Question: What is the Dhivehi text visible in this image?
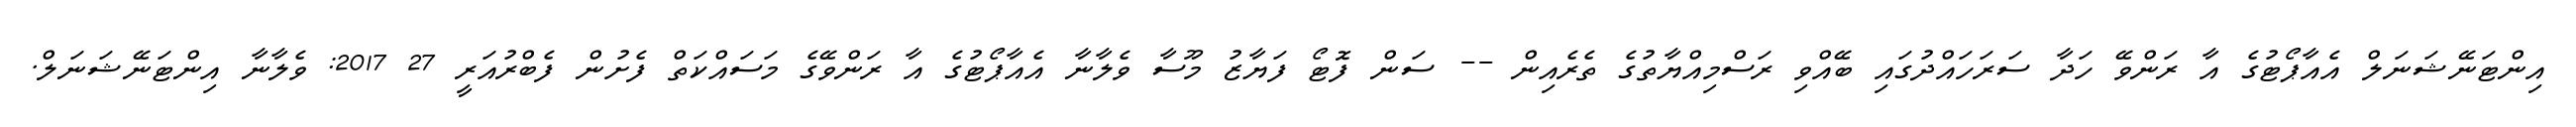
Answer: އިންޓަނޭޝަނަލް އެއާޕޯޓުގެ އާ ރަންވޭ ހަދާ ސަރަހައްދުގައި ބޭއްވި ރަސްމިއްޔާތުގެ ތެރެއިން -- ސަން ފޮޓޯ ފަޔާޒު މޫސާ ވެލާނާ އެއާޕޯޓުގެ އާ ރަންވޭގެ މަސައްކަތް ފެށުން ފެބްރުއަރީ 27 2017: ވެލާނާ އިންޓަނޭޝަނަލް.